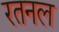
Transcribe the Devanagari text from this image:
रतनल